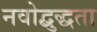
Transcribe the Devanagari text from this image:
नवोद्बुद्धता